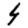
Digit: 4